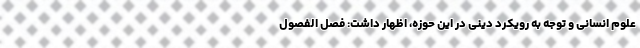
علوم انسانی و توجه به رویکرد دینی در این حوزه، اظهار داشت: فصل الفصول